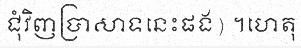
ជុំវិញប្រាសាទនេះផង) ។ហេតុ